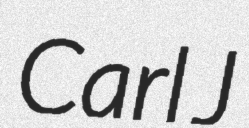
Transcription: Carl J